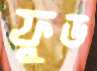
ফুড